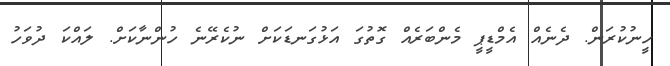
ހީނުކުރަން. ދެނެއް އެމްޑީޕީ މެންބަރެއް ގޮތުގަ އަޅުގަނޑަކަށް ނުކެރޭނެ ހުންނާކަށް. ލައްކަ ދުވަހު